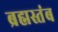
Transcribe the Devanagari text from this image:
ब्रह्मस्तंब